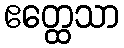
ဧတ္ထေသာ